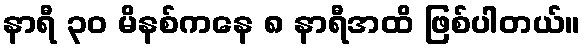
နာရီ ၃၀ မိနစ်ကနေ ၈ နာရီအထိ ဖြစ်ပါတယ်။